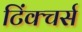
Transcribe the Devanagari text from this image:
टिंक्चर्स